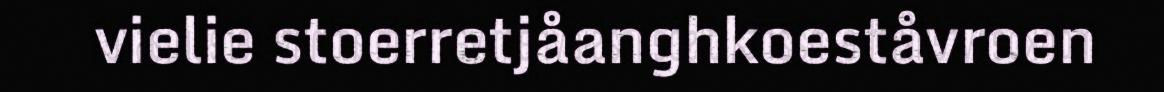
vielie stoerretjåanghkoeståvroen